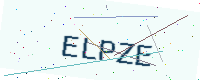
Text: ELPZE